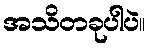
အသိတခုပါပဲ။